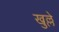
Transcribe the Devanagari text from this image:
खुल्ले